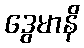
ဒွေမာနိ